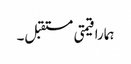
ہمارا قیمتی مستقبل۔